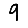
Digit: 9